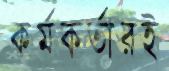
কর্মকর্তারই